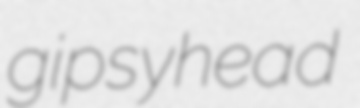
gipsyhead